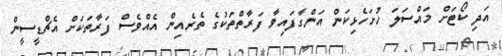
އަދި ކޯޓަށް މައްސަލަ ހުށަހެޅިކަން އަންގާފައިވާ ފަރާތްތަކުގެ ތެރެއިން އެއްވެސް ފަރާތަކަށް އެޗްޑީސީން